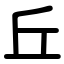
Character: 丘